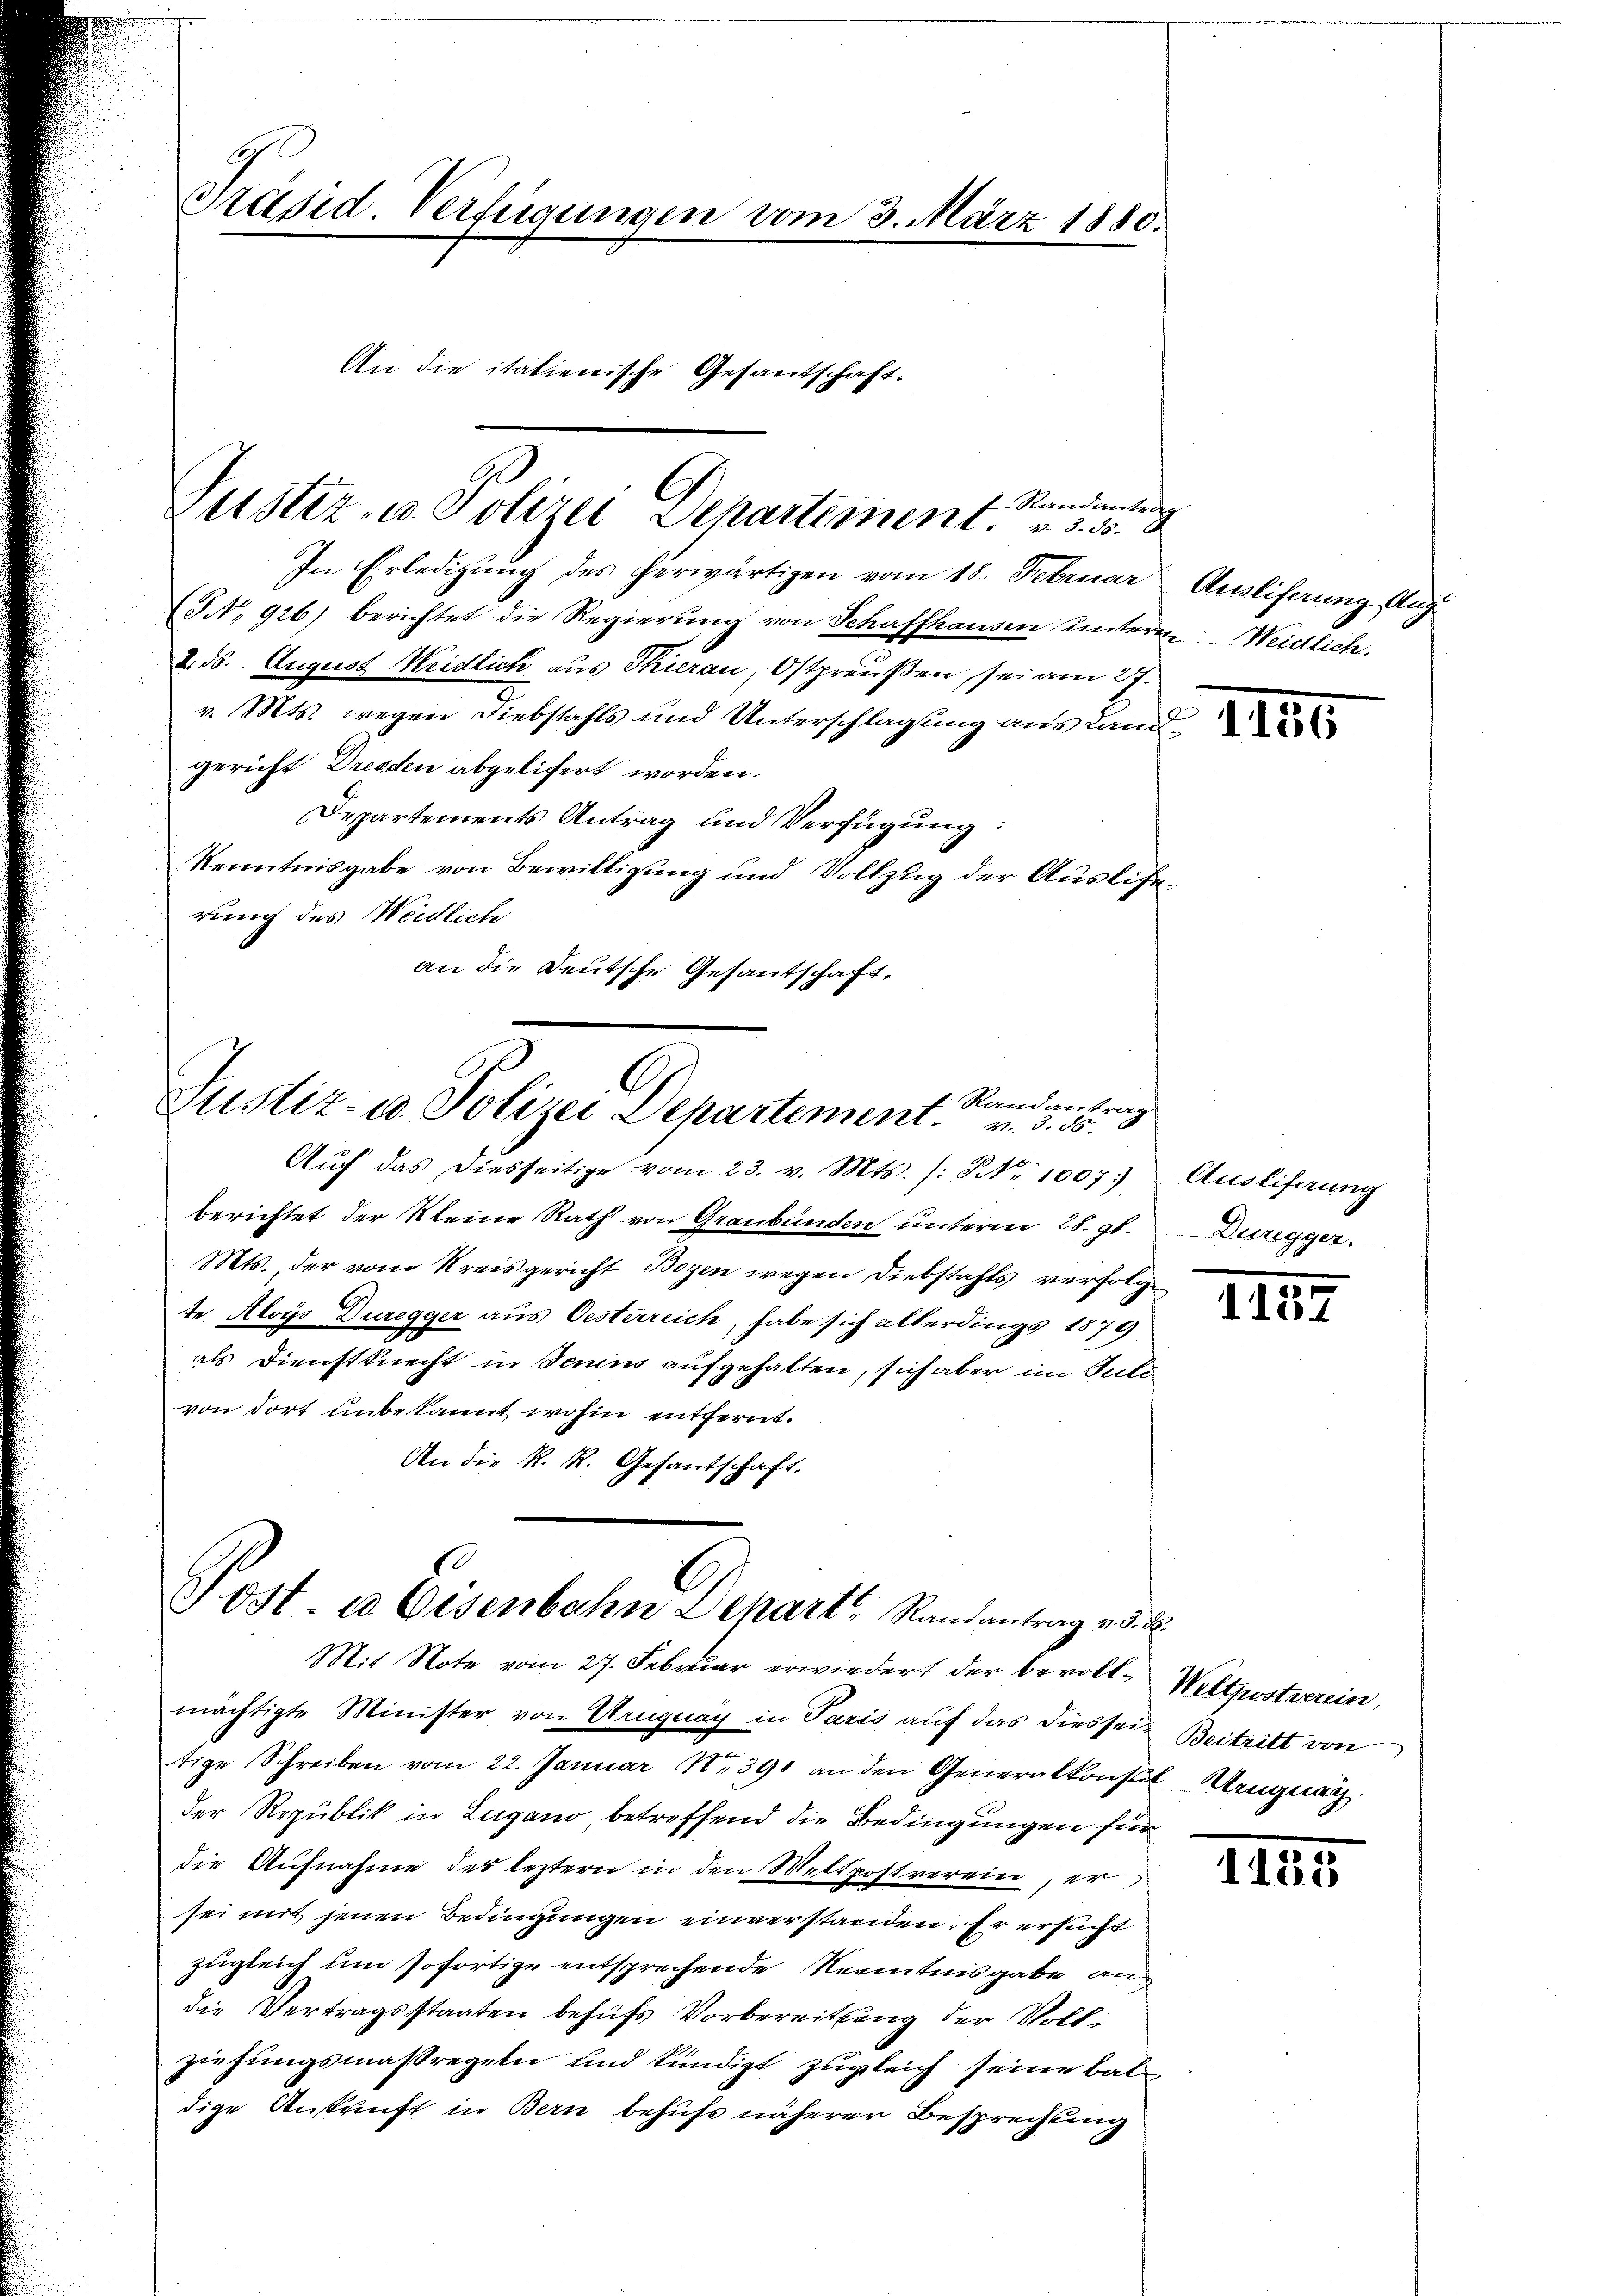
Präsid Verfügungen vom 3. März 1880.
An die italienische Gesantschaft.

Randantrag
In Erledigung des herwärtigen vom 18. Februar
(NNo. 926) berichtet die Regierung von Schaffhausen unterm Weidlich.
2. ds. August Weidlich aus Thierau, Ostpreußen, sei am 27.
v. Mts. wegen Diebstahls und Unterschlagung aus Lan
gericht Dresden abgeliert worden.
Departements Antrag und Verfügung:
Kenntnisgabe von Bewilligung und Vollzug der Auslierung des Weidlich
an die Deutsche Gesantschaft,

Zustiz- u. Polizei Departement. . .

t. Randantrag
Zustiz- u. Polizei Departement v. 3. 55.
2

Aŭf das diesseitige vom 23. v. Mts. /: No 1007.) Ausliferung
berichtet der Kleine Rath von Graubünden unterm 28. gl.
Mts. der vom Kreisgericht Bozen wegen Diebstahls verfolge
te. Aloys Duregger aus Oesterreich, habe sich allerdings 1879
als Dienstknecht in Senins aufgehalten, sich aber im Juli
von dort unbekannt wohin entfernt.
An die R. R. Gesantschaft.

Tost. 10 Eisenbahn Dehart Randantrag v. d. 8.

Mit Note vom 27. Februar erwiedert der bevoll- Weltpostverein,
mächtigte Minister von Uruguay in Paris auf das diesseitige Schreiben vom 22. Januar N. 391 an den Generalkonstil Uruguay
der Republik in Lugano betreffend die Bedingungen für
die Aufnahme des leztern in den Mettpostverein, er
sei mit jenen Bedingungen einverstanden. Er ersucht
zugleich um sofortige entsprechende Kenntnisgabe an
die Vertragsstaaten behufs Vorbereitung der Voll-
ziehungsmaßregeln und kündigt zugleich seine baldige Ankunft in Bern behufs näherer Besprechung

Auslicherung Aug.

Duregger.

1157

Beitritt von

1181